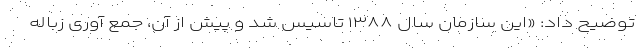
توضیح داد: «این سازمان سال ۱۳۸۸ تاسیس شد و پیش از آن، جمع آوری زباله